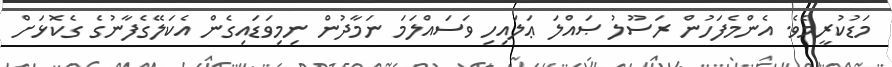
މަޑުކުރީމެވެ. އެންމެފަހުން ރަސޫލު ޞައްލަ ޢަލައިހި ވަސައްލަމަ ނަމާދުން ނިމިވަޑައިގެން އެކަލޭގެފާނުގެ ގެކޮޅަށް